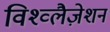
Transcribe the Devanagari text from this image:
विश्व्लैज़ेशन